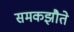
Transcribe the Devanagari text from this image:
समकझौते